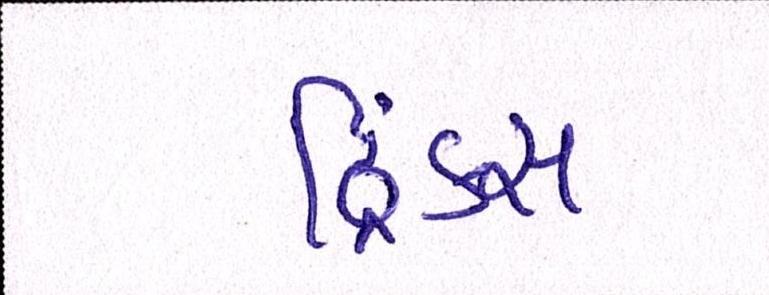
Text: ડ્રિંક્સ